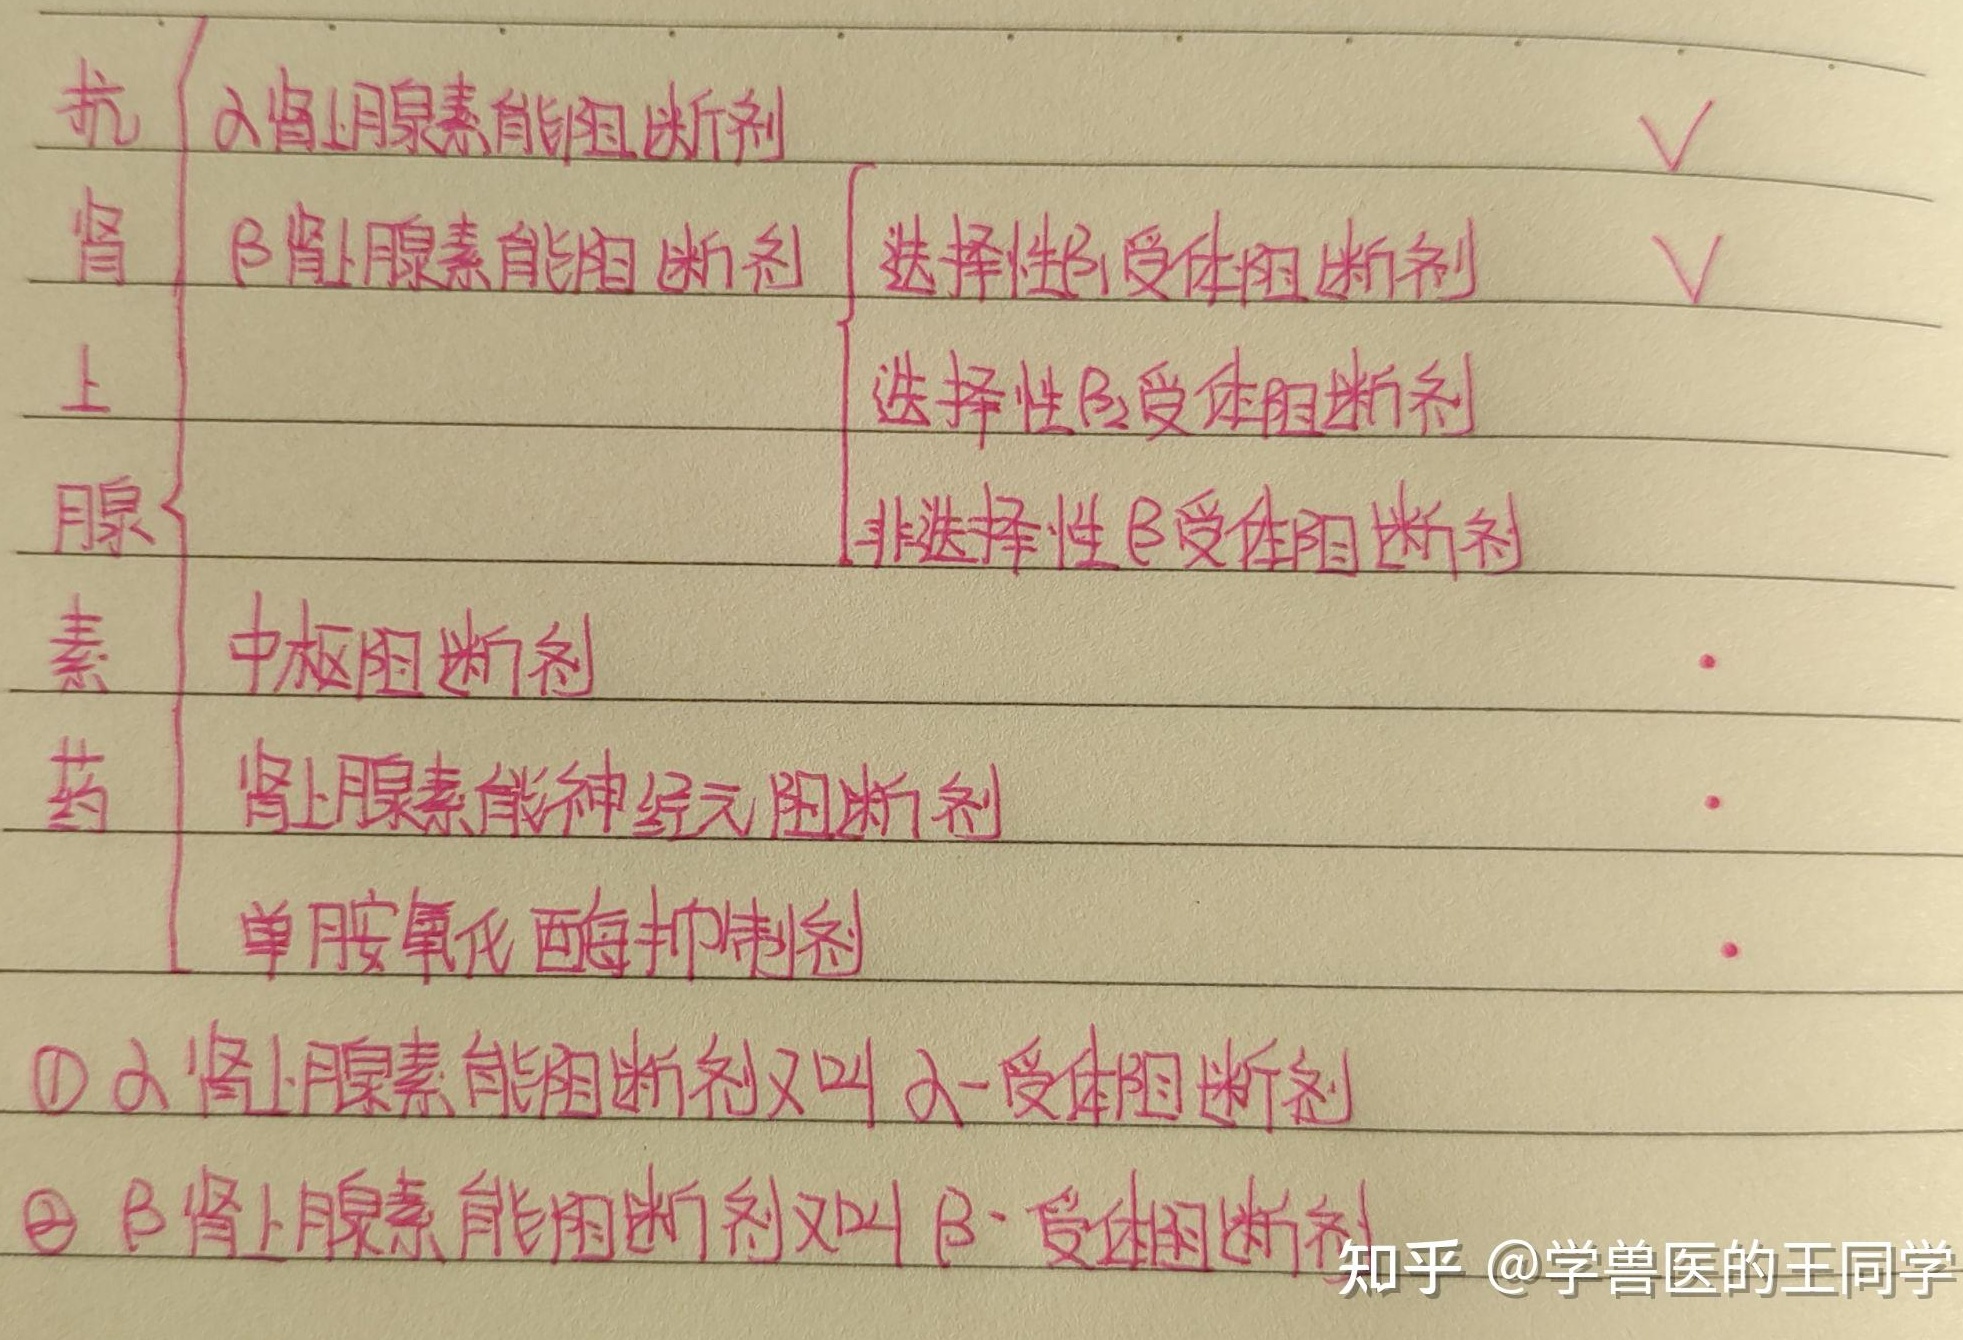
抗
\begin{itemize}
    \item $\alpha$肾上腺素能阻断剂 $\checkmark$
    \item $\beta$肾上腺素能阻断剂
        \begin{itemize}
            \item 选择性$\beta_1$受体阻断剂 $\checkmark$
            \item 选择性$\beta_2$受体阻断剂
            \item 非选择性$\beta$受体阻断剂
        \end{itemize}
    \item 中枢阻断剂 $\cdot$
    \item 肾上腺素能神经元阻断剂 $\cdot$
    \item 单胺氧化酶抑制剂 $\cdot$
\end{itemize}
\textcircled{1} $\alpha$肾上腺素能阻断剂又叫$\alpha -$受体阻断剂
\textcircled{2} $\beta$肾上腺素能阻断剂又叫$\beta -$受体阻断剂
知乎 @学兽医的王同学